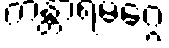
ကန္တာရမဂ္ဂေ